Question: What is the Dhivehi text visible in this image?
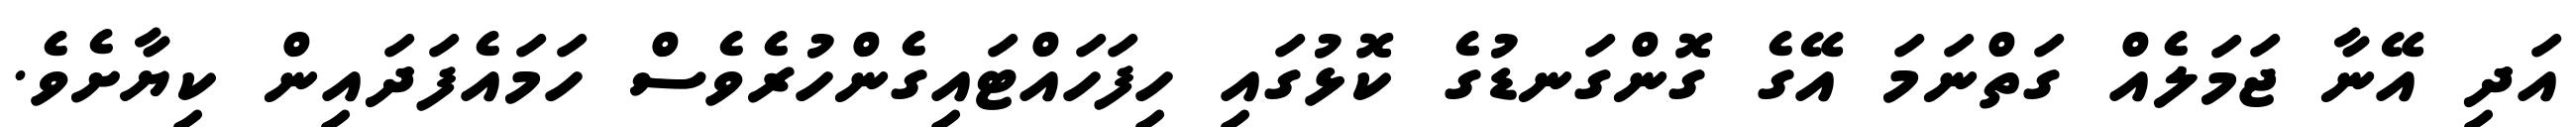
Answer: އަދި އޭނާ ޖަމަލެއް ގަތްނަމަ އޭގެ ގޮންގަނޑުގެ ކޮޅުގައި ހިފަހައްޓައިގެންހުރެވެސް ހަމައެފަދައިން ކިޔާށެވެ.